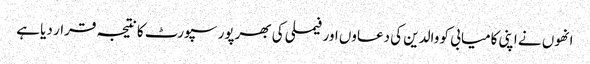
انھوں نے اپنی کامیابی کو والدین کی دعاوں اور فیملی کی بھرپور سپورٹ کا نتیجہ قرار دیا ہے